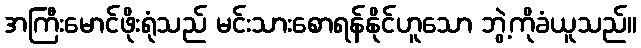
အကြီးမောင်ဖိုးရုံသည် မင်းသားစောရန်နိုင်ဟူသော ဘွဲ့ကိုခံယူသည်။